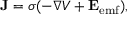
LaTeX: \mathbf { J } = \sigma ( - \nabla V + \mathbf { E } _ { \mathrm { e m f } } ) ,